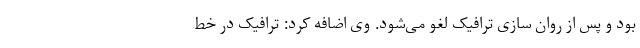
بود و پس از روان سازی ترافیک لغو می‌شود. وی اضافه کرد: ترافیک در خط